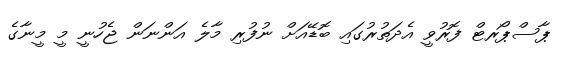
ޕާސްޕޯރޓް ފޮރުވީ އެދަތުރުގައި ބޮޑޭއަށް ނުފުރި މާލެ އަންނަން ޖެހުނީ މީ މީނާގެ